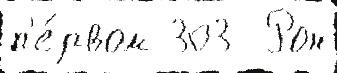
п'е́рвом 303  Рон